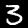
Digit: 3